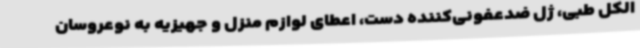
الکل طبی، ژل ضدعفونی‌کننده دست، اعطای لوازم منزل و جهیزیه به نوعروسان